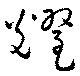
耀